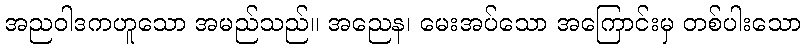
အညဝါဒကဟူသော အမည်သည်။ အညေန၊ မေးအပ်သော အကြောင်းမှ တစ်ပါးသော